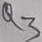
Text: Q3